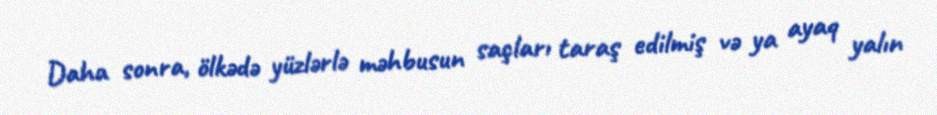
Daha sonra, ölkədə yüzlərlə məhbusun saçları taraş edilmiş və ya ayaq yalın